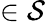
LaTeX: \in\mathcal{S}